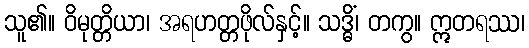
သူ၏။ ဝိမုတ္တိယာ၊ အရဟတ္တဖိုလ်နှင့်။ သဒ္ဓိံ၊ တကွ။ ဣတရဿ၊